Indian journal of veterinary science and animal husbandry - Volume 8,
Year: 1938
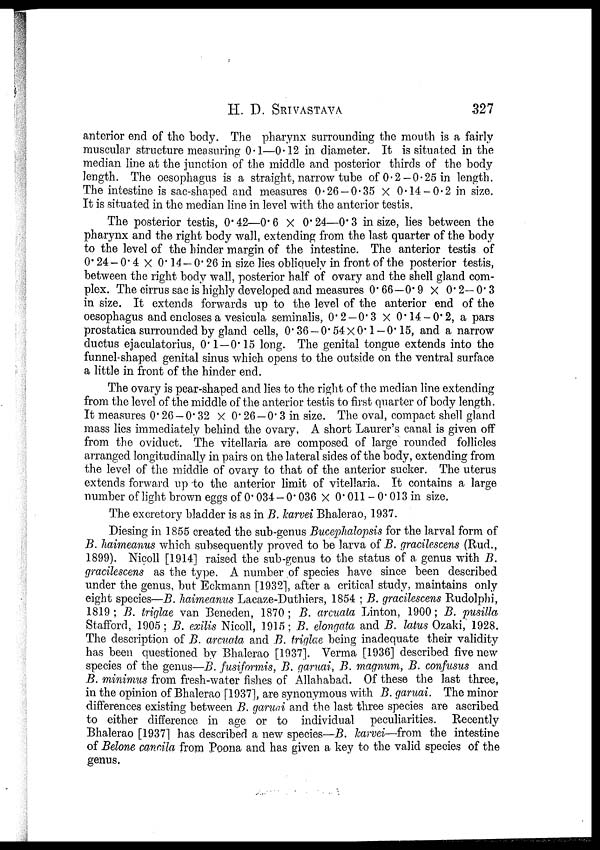
H. D.
SRIVASTAVA
327
anterior end of the body. The pharynx surrounding the mouth is a fairly
muscular structure measuring 0.1—0.12 in diameter. It is situated in the
median line at the junction of the middle and posterior thirds of the body
length. The oesophagus is a straight, narrow tube of 0.2—0.25 in length.
The intestine is sac-shaped and measures 0.26—0.35 × 0.14—0.2 in size.
It is situated in the median line in level with the anterior testis.
The posterior testis, 0.42—0.6 × 0.24—0.3 in size, lies between the
pharynx and the right body wall, extending from the last quarter of the body
to the level of the hinder margin of the intestine. The anterior testis of
0.24—0.4 × 0.14—0.26 in size lies obliquely in front of the posterior testis,
between the right body wall, posterior half of ovary and the shell gland com-
plex. The cirrus sac is highly developed and measures 0.66—0.9 × 0.2—0.3
in size. It extends forwards up to the level of the anterior end of the
oesophagus and encloses a vesicula seminalis, 0.2 —0.3 × 0.14—0.2, a pars
prostatica surrounded by gland cells, 0.36—0.54 × 0.1—0.15, and a narrow
ductus ejaculatorius, 0.1—0.15 long. The genital tongue extends into the
funnel-shaped genital sinus which opens to the outside on the ventral surface
a little in front of the hinder end.
The ovary is pear-shaped and lies to the right of the median line extending
from the level of the middle of the anterior testis to first quarter of body length.
It measures 0.26 —0.32 × 0.26 —0.3 in size. The oval, compact shell gland
mass lies immediately behind the ovary. A short Laurer's canal is given off
from the oviduct. The vitellaria are composed of large rounded follicles
arranged longitudinally in pairs on the lateral sides of the body, extending from
the level of the middle of ovary to that of the anterior sucker. The uterus
extends forward up to the anterior limit of vitellaria. It contains a large
number of light brown eggs of 0.034—0.036 × 0.011—0.013 in size.
The excretory bladder is as in B. Icarvei Bhalerao, 1937.
Diesing in 1855 created the sub-genus Bucephalopsis for the larval form of
B. haimeanus which subsequently proved to be larva of B. gracilescens (Rud.,
1899). Nicoll [1914] raised the sub-genus to the status of a genus with B.
gracilescens as the type. A number of species have since been described
under the genus, but Eckmann [1932], after a critical study, maintains only
eight species—B. haimeanus Lacaze-Duthiers, 1854 ; B. gracilescens Rudolphi,
1819; B. triglae van Beneden, 1870; B. arcuata Linton, 1900; B. pusilla
Stafford, 1905; B. exilis Nicoll, 1915; B. elongata and B. latus Ozaki, 1928.
The description of B. arcuata and B. triglae being inadequate their validity
has been questioned by Bhalerao [1937]. Verma [1936] described five new
species of the genus—B. fusiformis, B. garuai, B. magnum, B. confusus and
B. minimus from fresh-water fishes of Allahabad. Of these the last three,
in the opinion of Bhalerao [1937], are synonymous with B. garuai. The minor
differences existing between B. garuai and the last three species are ascribed
to either difference in age or to individual peculiarities. Recently
Bhalerao [1937] has described a new species—B. karvei—from the intestine
of Belone cancila from Poona and has given a key to the valid species of the
genus.